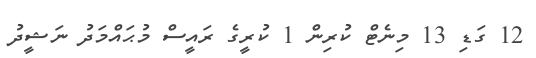
12 ގަޑި 13 މިނެޓް ކުރިން 1 ކުރީގެ ރައީސް މުޙައްމަދު ނަޝީދު